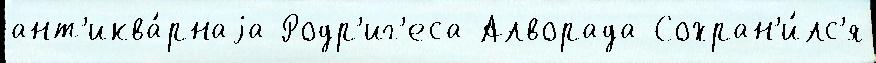
ант'иква́рнаjа Родр'иг'еса Алворада Сохран'и́лс'я